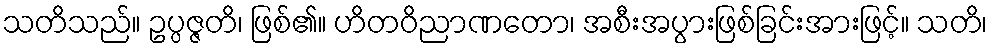
သတိသည်။ ဥပ္ပဇ္ဇတိ၊ ဖြစ်၏။ ဟိတဝိညာဏတော၊ အစီးအပွားဖြစ်ခြင်းအားဖြင့်။ သတိ၊